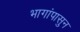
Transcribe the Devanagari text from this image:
भागांपासुन